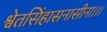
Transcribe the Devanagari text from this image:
श्वेतसिंहासनासीना।।।